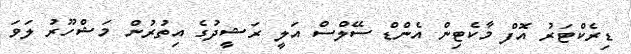
ޑިރެކްޓަރު އޮފް މާކެޓިން އެންޑް ސޭލްސް އަލީ ރަޝީދުގެ އިތުރުން މަޝްހޫރު ލަވަ